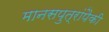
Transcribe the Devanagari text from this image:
मानसपुत्रांपैकी